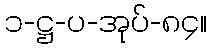
၁-ဋ္ဌ-ပ-အုပ်-၈၄။